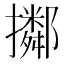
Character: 𢸜